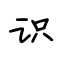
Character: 识